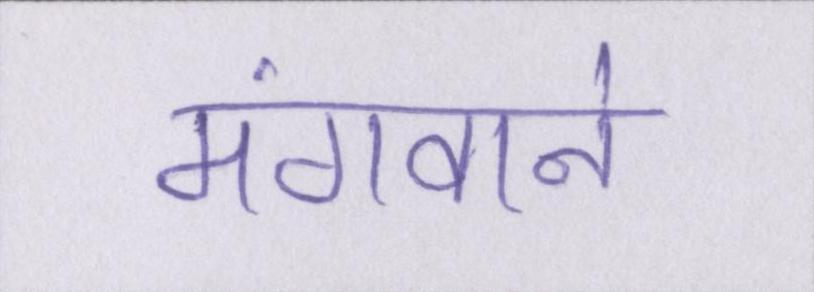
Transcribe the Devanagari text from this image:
मंगवाने